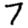
Digit: 7